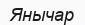
Янычар